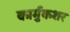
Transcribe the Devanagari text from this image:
कार्मुकशर